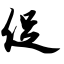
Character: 促